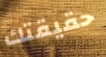
حقيقتك